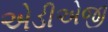
એડીએજી